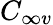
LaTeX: C_{\infty v}